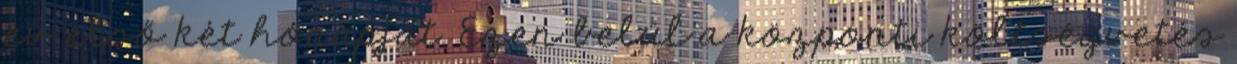
év első két hónapját. Ezen belül a központi költségvetés